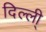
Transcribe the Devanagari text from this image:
दिल्ली्